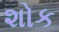
શોક